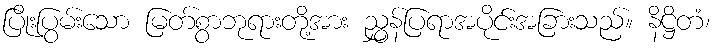
ပြိုးပြွမ်းသော မြတ်စွာဘုရားတို့အား ညွှန်ပြရာအပိုင်းအခြားသည်။ နိဋ္ဌိတံ၊